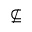
\nsubseteq